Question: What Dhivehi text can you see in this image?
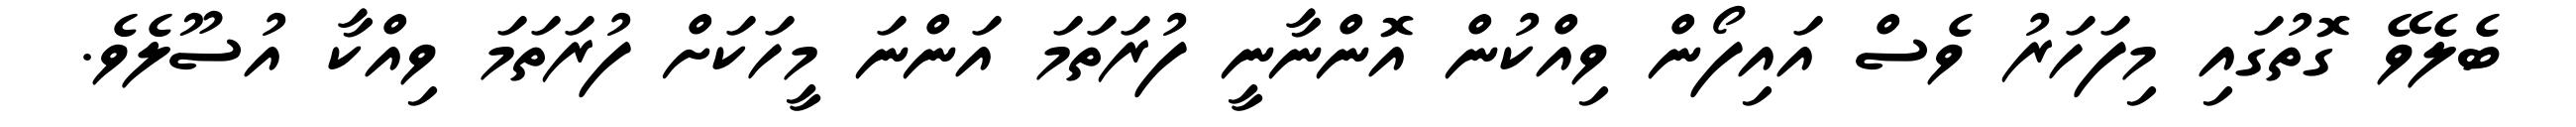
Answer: ބެލެވޭ ގޮތުގައި މިފަހަރު ވެސް އައިފޯން ވިއްކުން އޮންނާނީ ފުރަތަމަ އަންނަ މީހަކަށް ފުރަތަމަ ވިއްކާ އުސޫލެވެ.